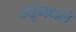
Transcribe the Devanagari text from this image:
ज्यूंमधले